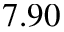
7 . 9 0